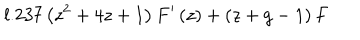
LaTeX: l . 2 3 7 \left( z ^ { 2 } + 4 z + 1 \right) F ^ { \prime } \left( z \right) + \left( z + g - 1 \right) F